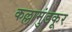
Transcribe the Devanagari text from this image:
कल्लामुंडकूर